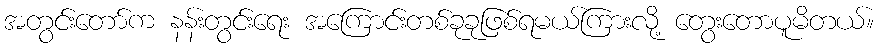
အတွင်းတော်က နန်းတွင်းရေး အကြောင်းတစ်ခုခုဖြစ်ရမယ်ကြားလို့ တွေးတောပူမိတယ်။